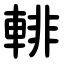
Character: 輫